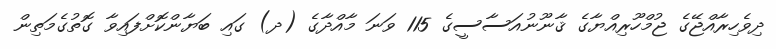
ދިވެހިރާއްޖޭގެ ޖުމްހޫރިއްޔާގެ ޤާނޫނުއަސާސީގެ 115 ވަނަ މާއްދާގެ (ދ) ގައި ބަޔާންކޮށްފައިވާ ގޮތުގެމަތިން